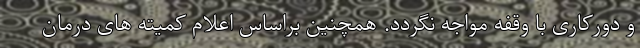
و دورکاری با وقفه مواجه نگردد. همچنین براساس اعلام کمیته های درمان